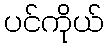
ပင်ကိုယ်